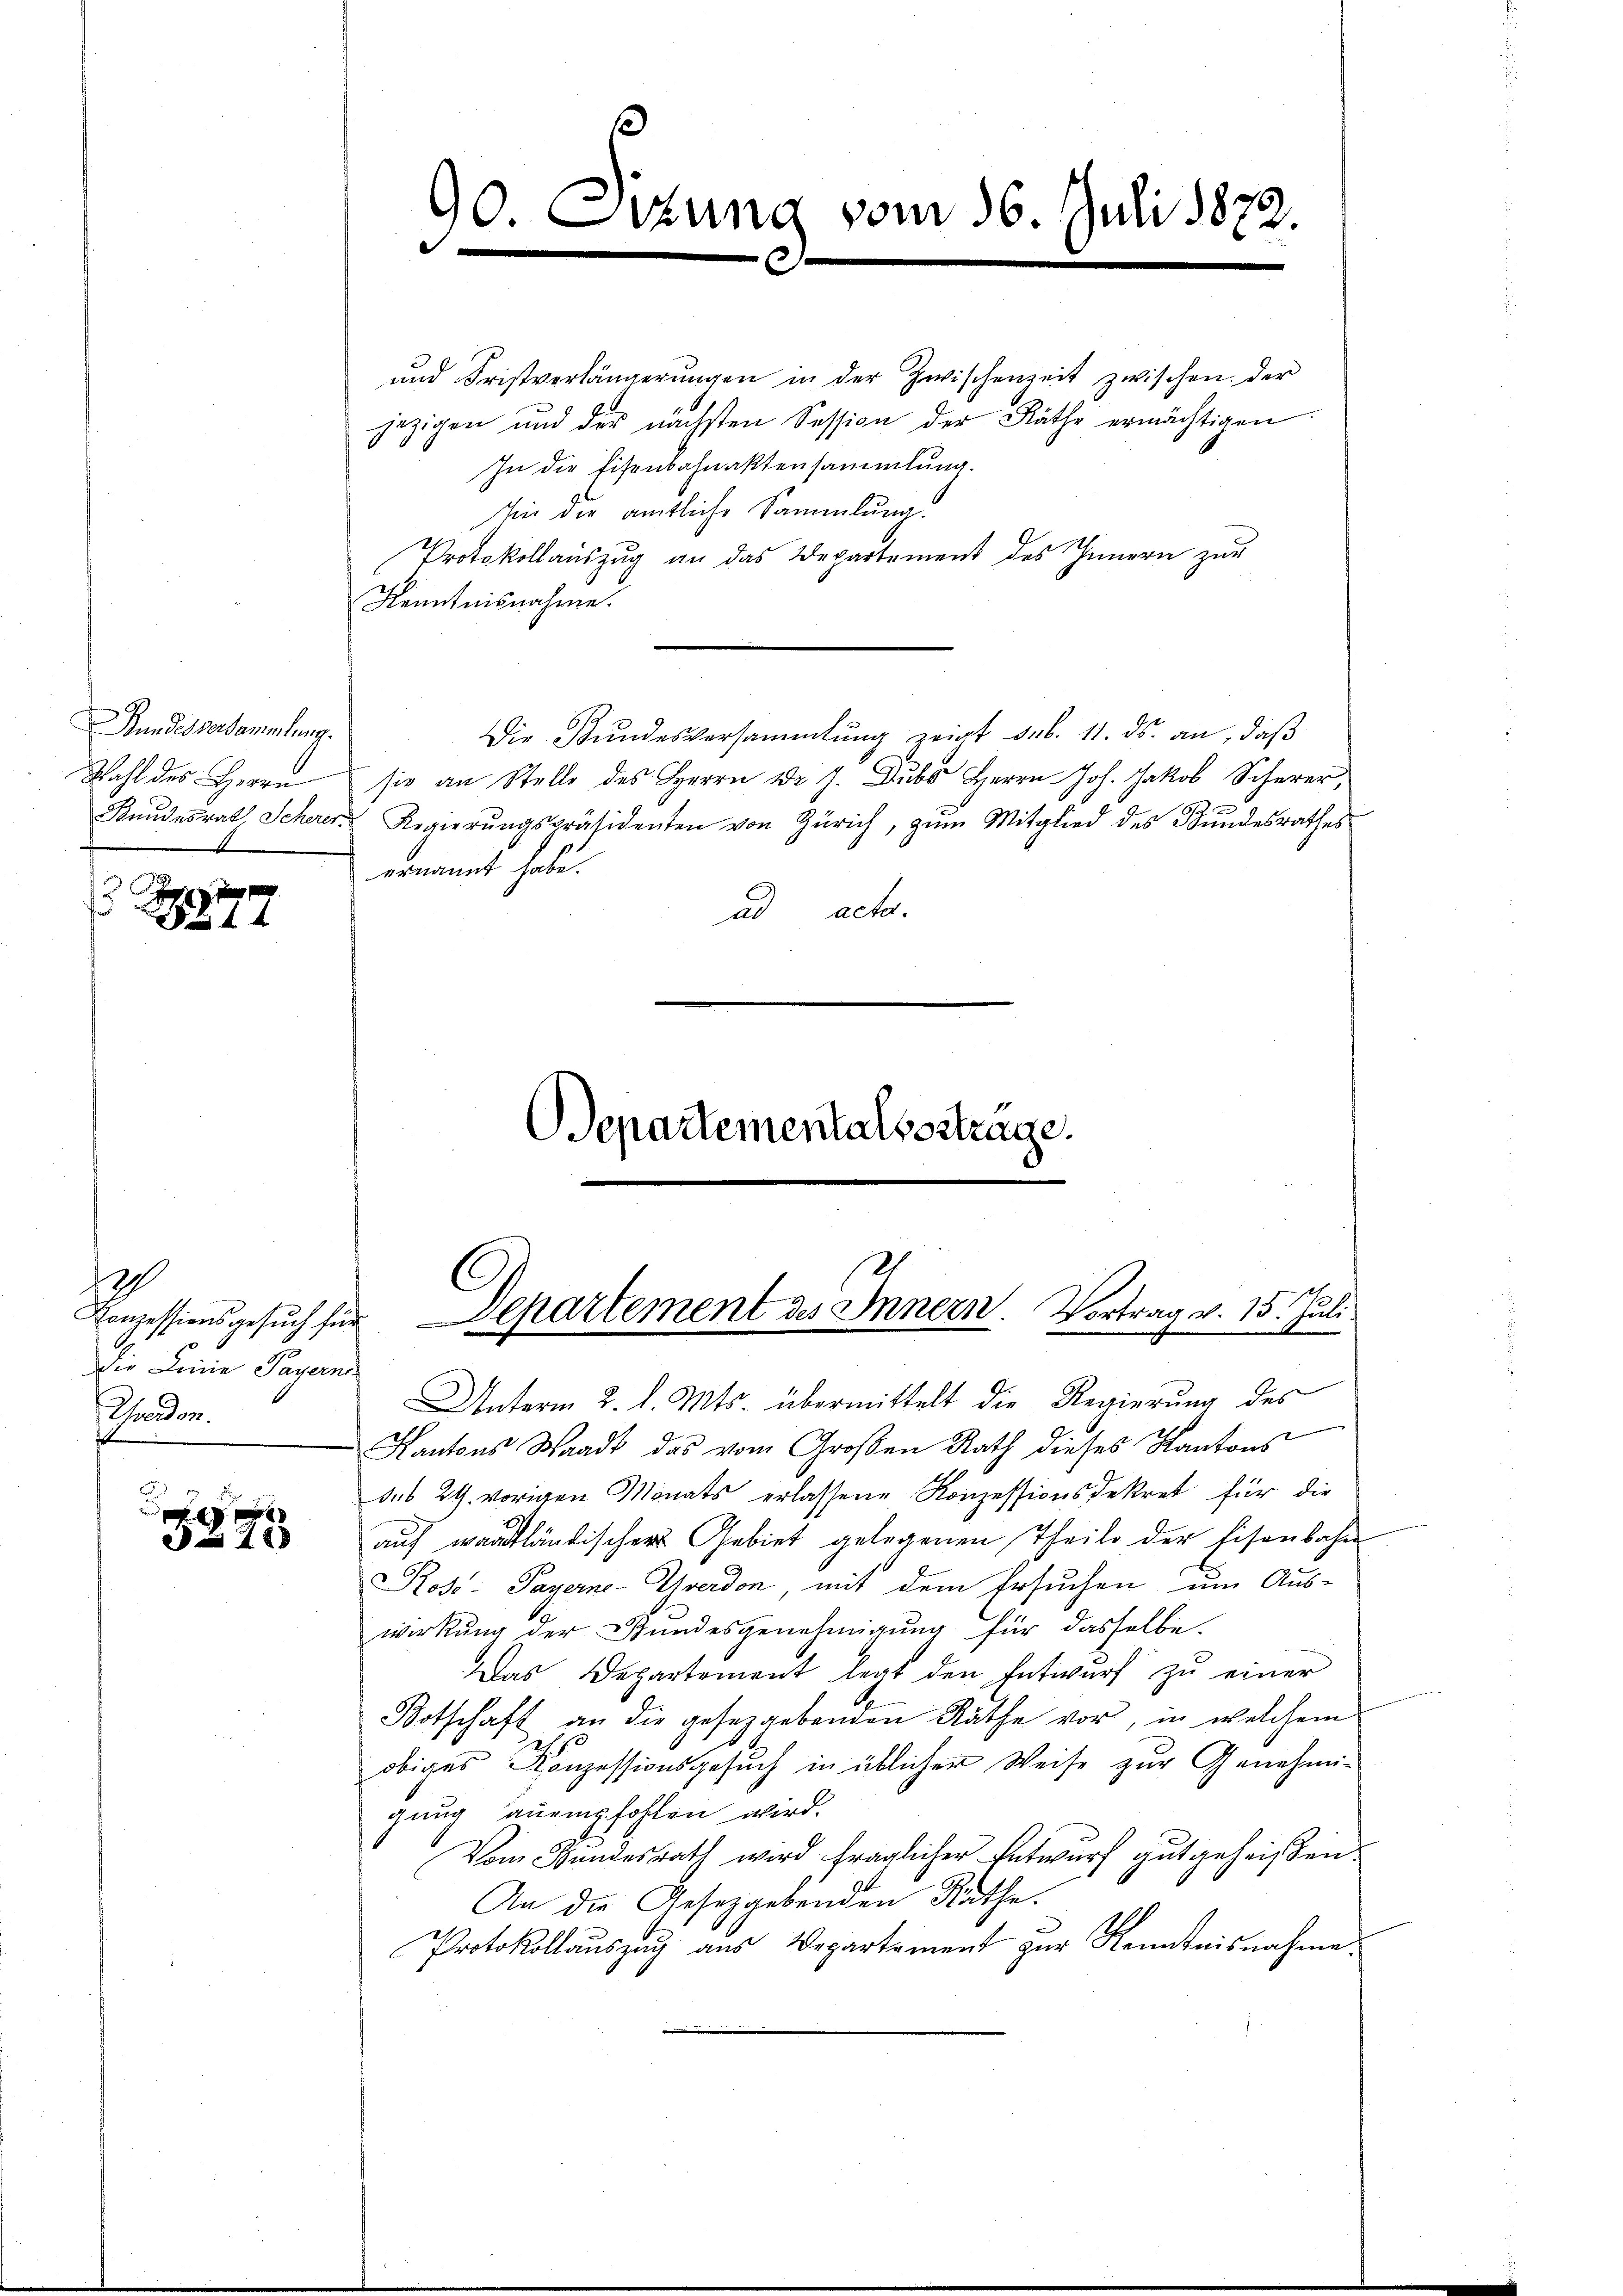
Rundesversammlung.
.

1
14

x
 280

129
Conzessionsgesŭch für
Die Linie Payerne
scenden.

und Fristverlängerŭngen in der Zwischenzeit zwischen der
jezigen und der nächsten Session der Räthe ermächtigen.
In die Eisenbahnaktensammlung.
Wie die amtliche Sammlung.
Protokollaŭszŭg an das Departement des Innern zur
Kenntnisnahme.
Die Bŭndesversammlung zeigt geb. 11. ds. an, daβ
Wahl des Herrn sie an Stelle des Herrn Dr J. Dubs Herrn Joh. Jakob Schurer,
Kundesrat Scherer Regierŭngspräsidenten von Zürich, zŭm Mitglied des Bŭndesrathes
ernannt habe.
ad acta.
Departementalssstrage.

90. Sizung vom 16. Juli 1872.
.

Departement des Innern. Vortrag v. 15. Juli

Unterm 2. d. Mts. übermittelt die Regierung des
Kantons Waadt das vom Großen Rath dieses Kantons
dus 29. vorigen Monats erlassene Konzessionsdekret für die
auf waadtländischer Gebiet gelegenen Theile der Eisenbahn
Ros- Payerne-Yverdon, mit dem Ersuchen um Aus-
wirkung der Bundesgenehmigung für dasselbe.
DDas Departement legt den Entwurf zu einer
Botschaft an die gesezgebenden Räthe vor, in welchem
1
obiges Konzessionsgesuch in üblicher Weise zur Genehmi-
gung anempfohlen wird.
Vom Bundesrath wird fraglicher Entwurf gutgeheißen.
An die Gesetzgebenden Rathe.
Protokollauszug aus Departement zur Kenntnisnahme.